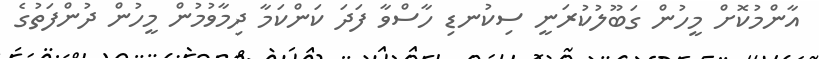
އާންމުކޮށް މީހުން ގަބޫލުކުރަނީ ސިކުނޑި ހާސްވާ ފަދަ ކަންކަމާ ދިމާވުމުން މީހުން ދުންފަތުގެ